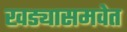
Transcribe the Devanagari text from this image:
खड्यासमवेत